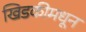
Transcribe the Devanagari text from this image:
खिडकीमधून